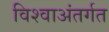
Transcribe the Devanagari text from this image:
विश्वाअंतर्गत